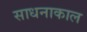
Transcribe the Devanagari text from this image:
साधनाकाल